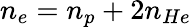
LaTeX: n_{e}=n_{p}+2n_{He}